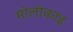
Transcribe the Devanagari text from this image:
मोलोकाइ